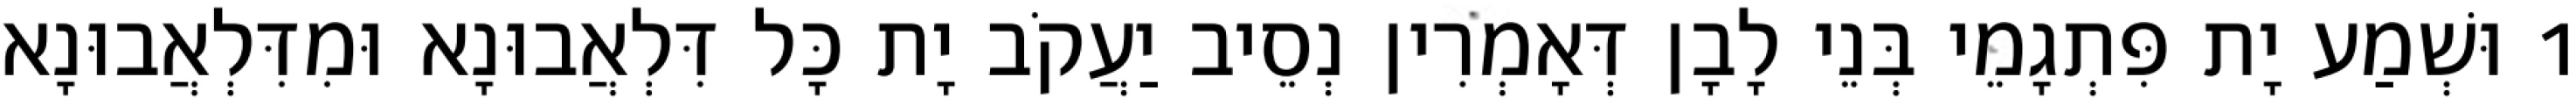
1 וּשְׁמַע יָת פִּתְגָמֵי בְּנֵי לָבָן דְּאָמְרִין נְסֵיב יַעֲקֹב יָת כָּל דִּלְאֲבוּנָא וּמִדִּלְאֲבוּנָא